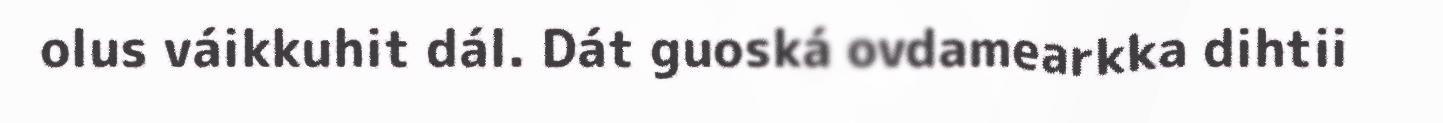
olus váikkuhit dál. Dát guoská ovdamearkka dihtii